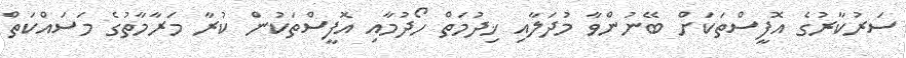
ސަރުކާރުގެ އޮފީސްތަކަށް ބޭނުންވާ މުދަލާއި ޚިދުމަތް ހޯދުމާއި އޮފީސްތަކުން ކުރާ މަރާމާތުގެ މަސައްކަތް